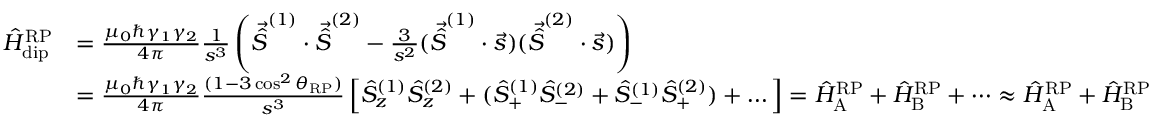
\begin{array} { r l } { \hat { H } _ { \mathrm { d i p } } ^ { \mathrm { R P } } } & { = \frac { \mu _ { 0 } \hbar \gamma _ { 1 } \gamma _ { 2 } } { 4 \pi } \frac { 1 } { s ^ { 3 } } \left( \vec { \hat { S } } ^ { ( 1 ) } \cdot \vec { \hat { S } } ^ { ( 2 ) } - \frac { 3 } { s ^ { 2 } } ( \vec { \hat { S } } ^ { ( 1 ) } \cdot \vec { s } ) ( \vec { \hat { S } } ^ { ( 2 ) } \cdot \vec { s } ) \right) } \\ & { = \frac { \mu _ { 0 } \hbar \gamma _ { 1 } \gamma _ { 2 } } { 4 \pi } \frac { ( 1 - 3 \cos ^ { 2 } { \theta _ { \mathrm { R P } } } ) } { s ^ { 3 } } \left[ \hat { S } _ { z } ^ { ( 1 ) } \hat { S } _ { z } ^ { ( 2 ) } + ( \hat { S } _ { + } ^ { ( 1 ) } \hat { S } _ { - } ^ { ( 2 ) } + \hat { S } _ { - } ^ { ( 1 ) } \hat { S } _ { + } ^ { ( 2 ) } ) + \dots \right] = \hat { H } _ { \mathrm { A } } ^ { \mathrm { R P } } + \hat { H } _ { \mathrm { B } } ^ { \mathrm { R P } } + \dots \approx \hat { H } _ { \mathrm { A } } ^ { \mathrm { R P } } + \hat { H } _ { \mathrm { B } } ^ { \mathrm { R P } } } \end{array}